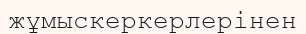
жұмыскеркерлерінен